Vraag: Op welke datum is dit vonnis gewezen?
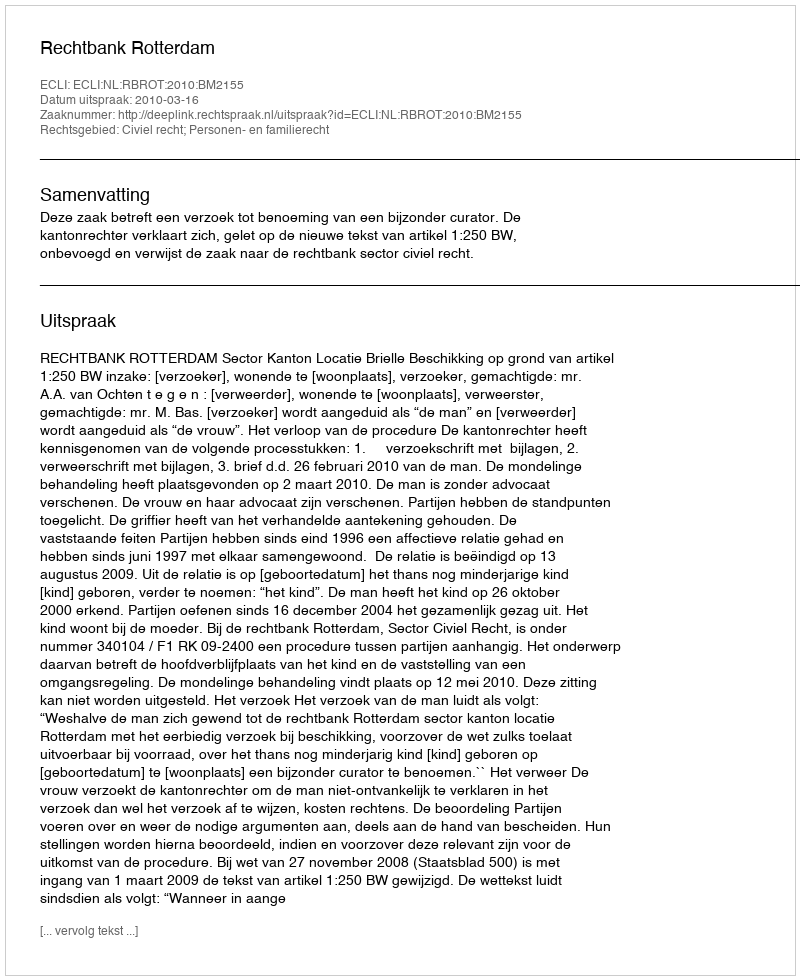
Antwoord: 2010-03-16